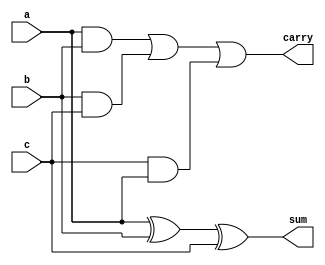
`timescale 1ns / 1ps
//////////////////////////////////////////////////////////////////////////////////
// Company: 
// Engineer: 
// 
// Design Name: 
// Module Name: FulladderArch
// Project Name: 
// Target Devices: 
// Tool Versions: 
// Description: 
// 
// Dependencies: 
// 
// Revision:
// Revision 0.01 - File Created
// Additional Comments:
// 
//////////////////////////////////////////////////////////////////////////////////


module FulladderArch(a,b,c,sum,carry);
    input a,b,c;
    output sum,carry;
    assign sum = a^b^c;
    assign carry = (a&b)|(b&c)|(c&a);
endmodule